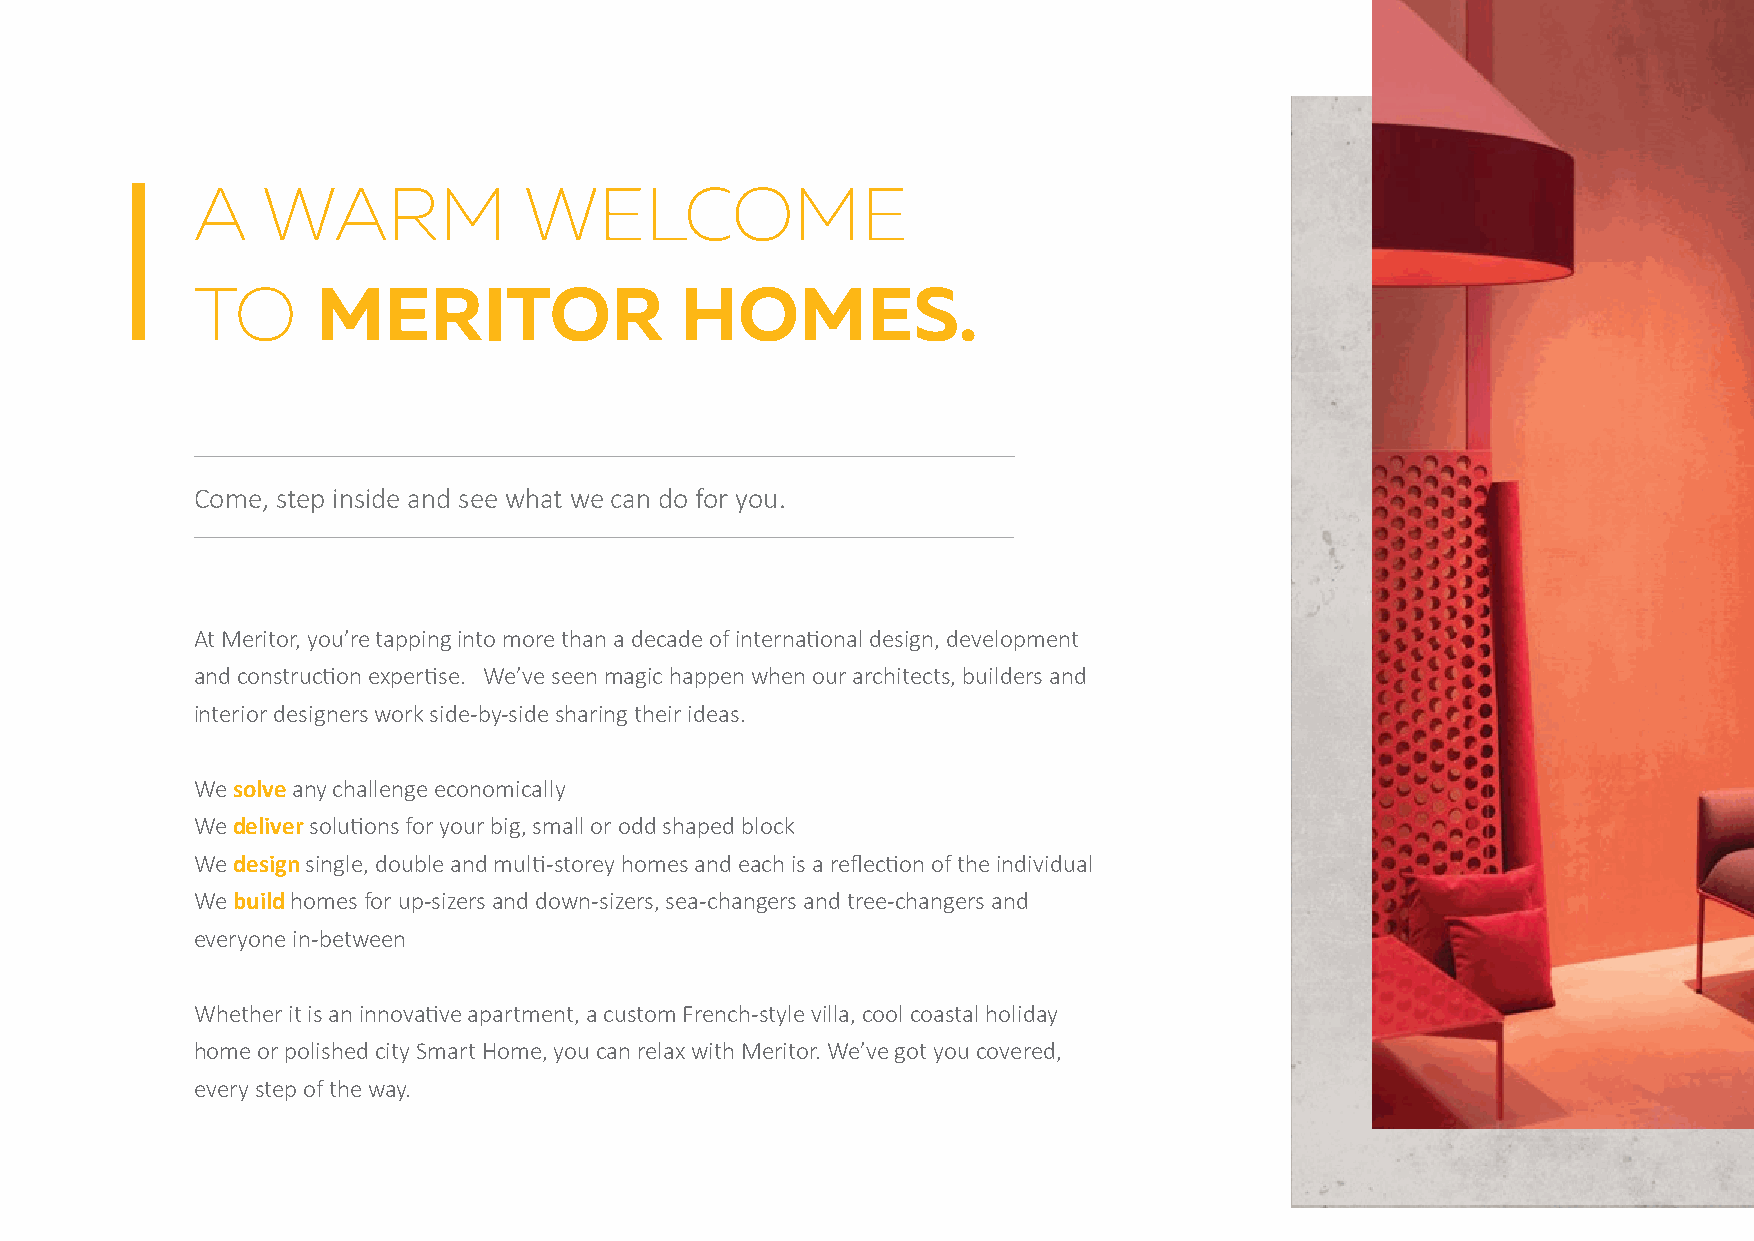
A   WARM              WELCOME
 TO      MERITOR                 HOMES.
 Come, step inside and see what we can do for you.
 At Meritor, you’re tapping into more than a decade of interna�onal design, development
 and construc�on exper�se. We’ve seen magic happen when our architects, builders and
 interior designers work side-by-side sharing their ideas.
 We solve any challenge economically
 We deliver solu�ons for your big, small or odd shaped block
 We design single, double and mul�-storey homes and each is a reflec�on of the individual
 We build homes for up-sizers and down-sizers, sea-changers and tree-changers and
 everyone in-between
 Whether it is an innova�ve apartment, a custom French-style villa, cool coastal holiday
 home or polished city Smart Home, you can relax with Meritor. We’ve got you covered,
 every step of the way.